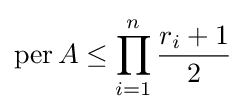
\operatorname {per} A\leq \prod _{i=1}^{n}{\frac {r_{i}+1}{2}}